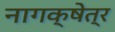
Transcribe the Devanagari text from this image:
नागक्षेत्र